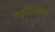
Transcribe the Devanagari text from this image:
कवीप्रतिभा